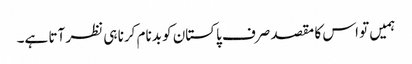
ہمیں تو اس کا مقصد صرف پاکستان کو بدنام کرنا ہی نظر آتا ہے۔